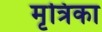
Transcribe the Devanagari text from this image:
मृत्रिका